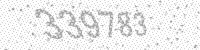
Solution: 339783